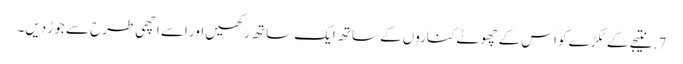
7. نتیجے کے ٹکڑے کو اس کے چھوٹے کناروں کے ساتھ ایک ساتھ رکھیں اور اسے اچھی طرح سے جوڑ دیں۔